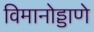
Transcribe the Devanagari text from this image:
विमानोड्डाणे